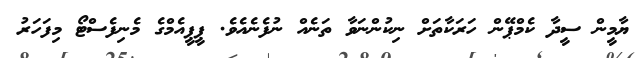
ޔާމީން ސީދާ ކެމްޕޭން ހަރަކާތަށް ނިކުންނަވާ ތަނެއް ނުފެނެއެވެ. ޕީޕީއެމްގެ މެނިފެސްޓޯ މިފަހަރު